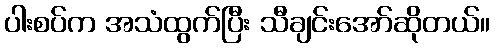
ပါးစပ်က အသံထွက်ပြီး သီချင်းအော်ဆိုတယ်။